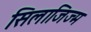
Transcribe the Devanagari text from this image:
सिलाजिज्म